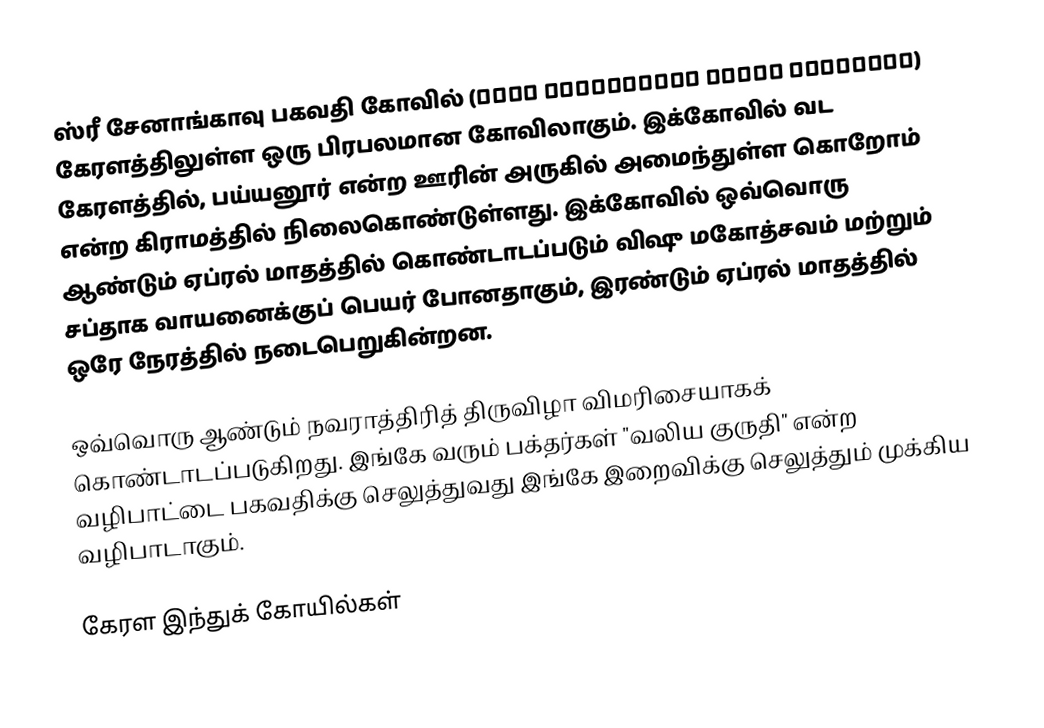
ஸ்ரீ சேனாங்காவு பகவதி கோவில் (ശ്രീ ചേനാങ്കാവ് ഭഗവതി ക്ഷേത്രം) கேரளத்திலுள்ள ஒரு பிரபலமான கோவிலாகும். இக்கோவில் வட கேரளத்தில், பய்யனூர் என்ற ஊரின் அருகில் அமைந்துள்ள கொறோம் என்ற கிராமத்தில் நிலைகொண்டுள்ளது. இக்கோவில் ஒவ்வொரு ஆண்டும் ஏப்ரல் மாதத்தில் கொண்டாடப்படும் விஷு மகோத்சவம் மற்றும் சப்தாக வாயனைக்குப் பெயர் போனதாகும், இரண்டும் ஏப்ரல் மாதத்தில் ஒரே நேரத்தில் நடைபெறுகின்றன.

ஒவ்வொரு ஆண்டும் நவராத்திரித் திருவிழா விமரிசையாகக் கொண்டாடப்படுகிறது. இங்கே வரும் பக்தர்கள் "வலிய குருதி" என்ற வழிபாட்டை பகவதிக்கு செலுத்துவது இங்கே இறைவிக்கு செலுத்தும் முக்கிய வழிபாடாகும்.

கேரள இந்துக் கோயில்கள்